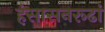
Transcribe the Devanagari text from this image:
हंसासनरूढां